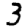
Digit: 3